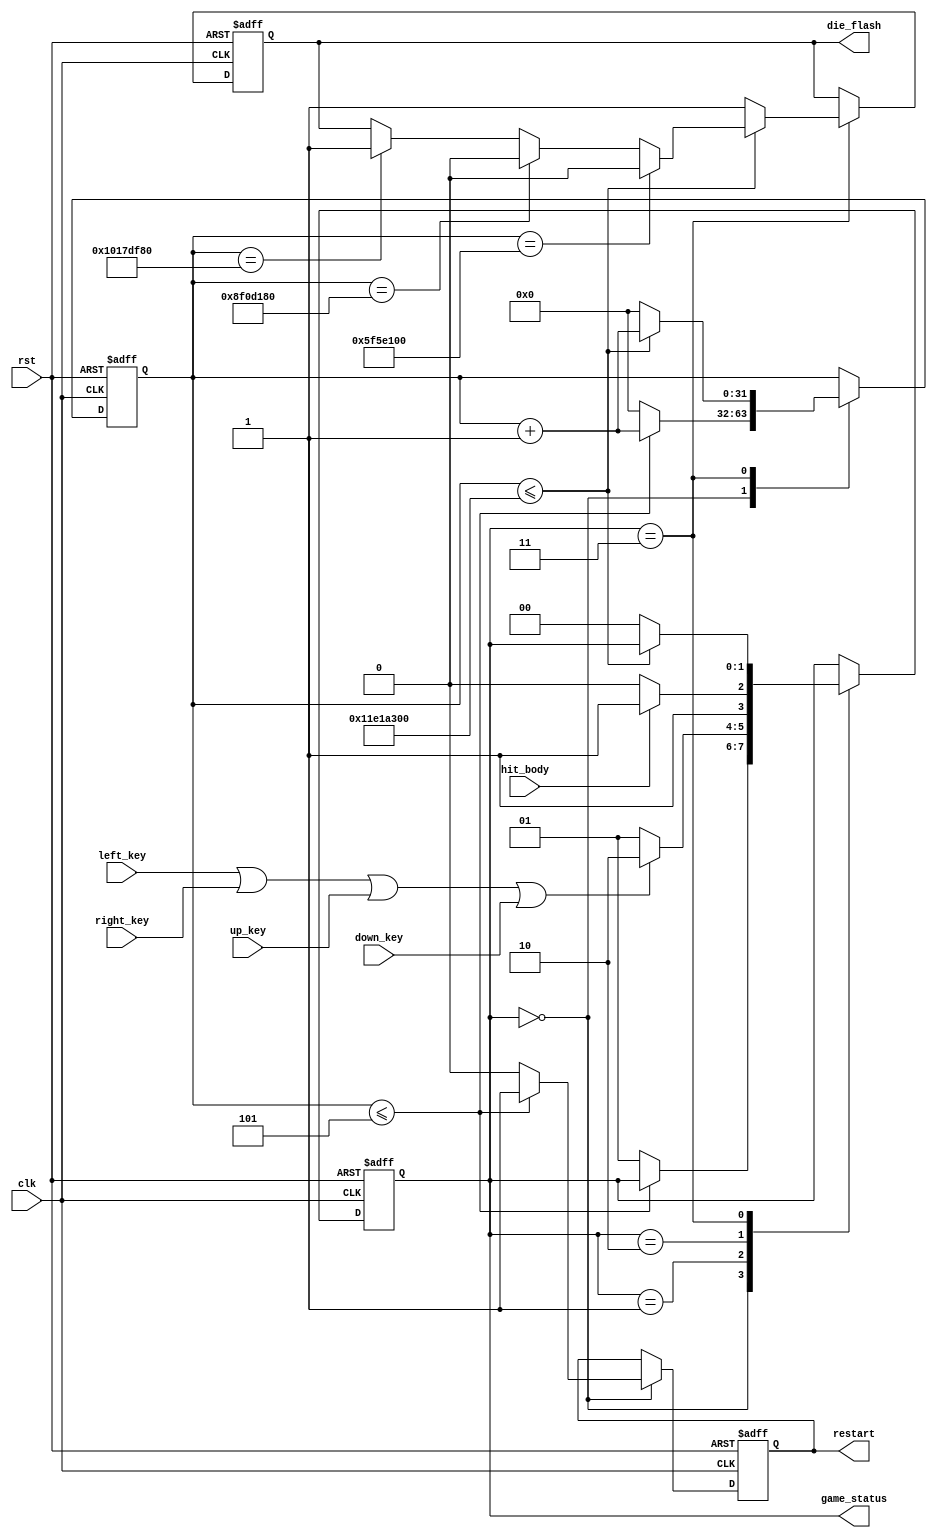
`timescale 1ns / 1ps
//////////////////////////////////////////////////////////////////////////////////
// Company: 
// Engineer: 
// 
// Design Name: 
// Module Name: Game_init
// Project Name: 
// Target Devices: 
// Tool Versions: 
// Description: 
// 
// Dependencies:   
// 
// Revision:
// Revision 0.01 - File Created
// Additional Comments:
// 
//////////////////////////////////////////////////////////////////////////////////



// 
module Game_init
(
	input clk,
	input rst,
	input left_key,
	input right_key,
	input up_key,
	input down_key,
	
	output reg [1:0]game_status,
	input hit_body,
	output reg die_flash,
	output reg restart		
);
	
	localparam RESTART = 2'b00;
	localparam START = 2'b01;
	localparam PLAY = 2'b10;
	localparam DIE = 2'b11;
	
	reg[31:0]clk_cnt; // 
	
	always@(posedge clk or negedge rst)
	begin
		if(!rst) begin //   
			game_status <= START;
			clk_cnt <= 0;
			die_flash <= 1;
			restart <= 0;
		end
		else begin
			case(game_status)			
				RESTART:begin           // ,  
					if(clk_cnt <= 5) begin 
						clk_cnt <= clk_cnt + 1;
						restart <= 1;						
					end
					else begin
						game_status <= START;
						clk_cnt <= 0;
						restart <= 0;
					end
				end
				START:begin
					if (left_key | right_key | up_key | down_key)
                        game_status <= PLAY;
					else 
					    game_status <= START;
				end
				PLAY:begin
					if(hit_body)
					   game_status <= DIE;
					else
					   game_status <= PLAY;
				end					
				DIE:begin
					if(clk_cnt <= 300_000_000) begin
						clk_cnt <= clk_cnt + 1'b1;
					   if(clk_cnt ==100_000_000)
					       die_flash <= 0;
					   else if(clk_cnt == 150_000_000)
					       die_flash <= 1'b0;
					   else if(clk_cnt == 270_000_000)
					       die_flash <= 1'b1;
				    end                        
					else
						begin
							die_flash <= 1;
							clk_cnt <= 0;
							game_status <= RESTART;
						end
					end
			endcase
		end
	end
endmodule